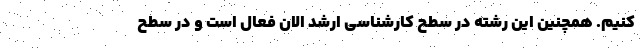
کنیم. همچنین این رشته در سطح کارشناسی ارشد الان فعال است و در سطح